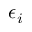
\epsilon _ { i }